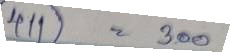
411 = 300